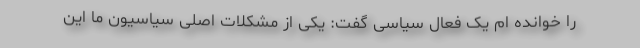
را خوانده ام یک فعال سیاسی گفت: یکی از مشکلات اصلی سیاسیون ما این